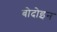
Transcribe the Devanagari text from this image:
बोदोइन